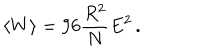
LaTeX: \langle W \rangle = 9 6 \frac { R ^ { 2 } } { N } E ^ { 2 } \, .